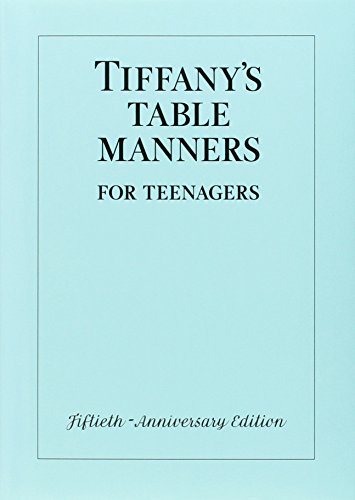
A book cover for Tiffany's Table Manners for Teenagers; Walter Hoving; Children's Books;